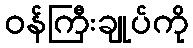
ဝန်ကြီးချုပ်ကို